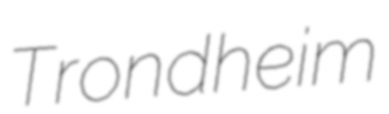
Trondheim